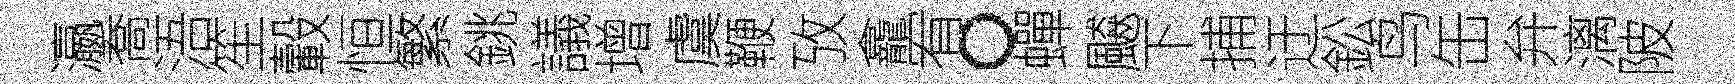
瀛喬浯笙轂恒繁銚議增虞鞭攷龕宥。蟬飇下捕迂鈆鸟缶弁漓陂